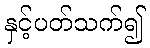
နှင့်ပတ်သက်၍